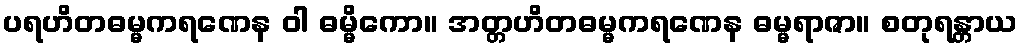
ပရဟိတဓမ္မကရဏေန ဝါ ဓမ္မိကော။ အတ္တဟိတဓမ္မကရဏေန ဓမ္မရာဇာ။ စတုရန္တာယ